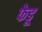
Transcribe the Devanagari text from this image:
फेडू